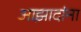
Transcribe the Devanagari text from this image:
आझादांना